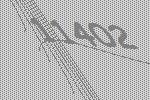
11402